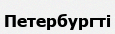
Петербургті